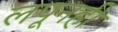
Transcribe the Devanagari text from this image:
लपूनही